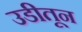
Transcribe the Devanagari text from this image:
उडीतून